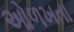
ઓળખતા